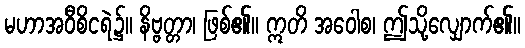
မဟာအဝီစိငရဲ၌။ နိဗ္ဗတ္တာ၊ ဖြစ်၏။ ဣတိ အဝေါစ၊ ဤသို့လျှောက်၏။